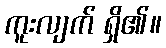
ကူးလျက် ရှိ၏။